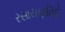
રસાયણવિદો